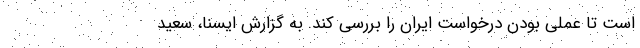
است تا عملی بودن درخواست ایران را بررسی کند. به گزارش ایسنا، سعید